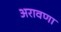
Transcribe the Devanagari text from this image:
अरावणा